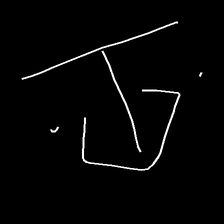
Glyph: earth